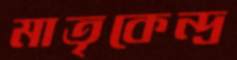
মাতৃকেন্দ্র